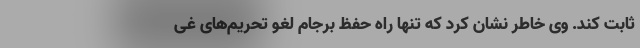
ثابت کند. وی خاطر نشان کرد که تنها راه حفظ برجام لغو تحریم‌های غی